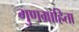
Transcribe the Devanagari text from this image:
गुणग्राहिता